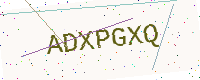
Text: ADXPGXQ